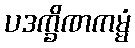
ပဒက္ခိဏကမ္မံ